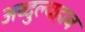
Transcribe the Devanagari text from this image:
अब्दुल्वहाब